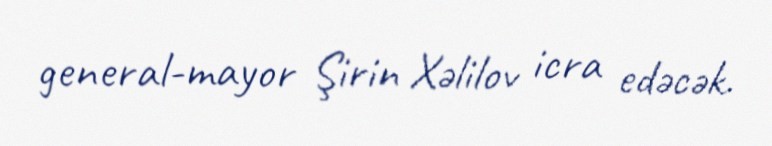
general-mayor Şirin Xəlilov icra edəcək.